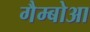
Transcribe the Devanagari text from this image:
गैम्बोआ